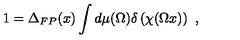
1 = \Delta _ { F P } ( x ) \int d \mu ( \Omega ) \delta \left( \chi ( \Omega x ) \right) \ ,